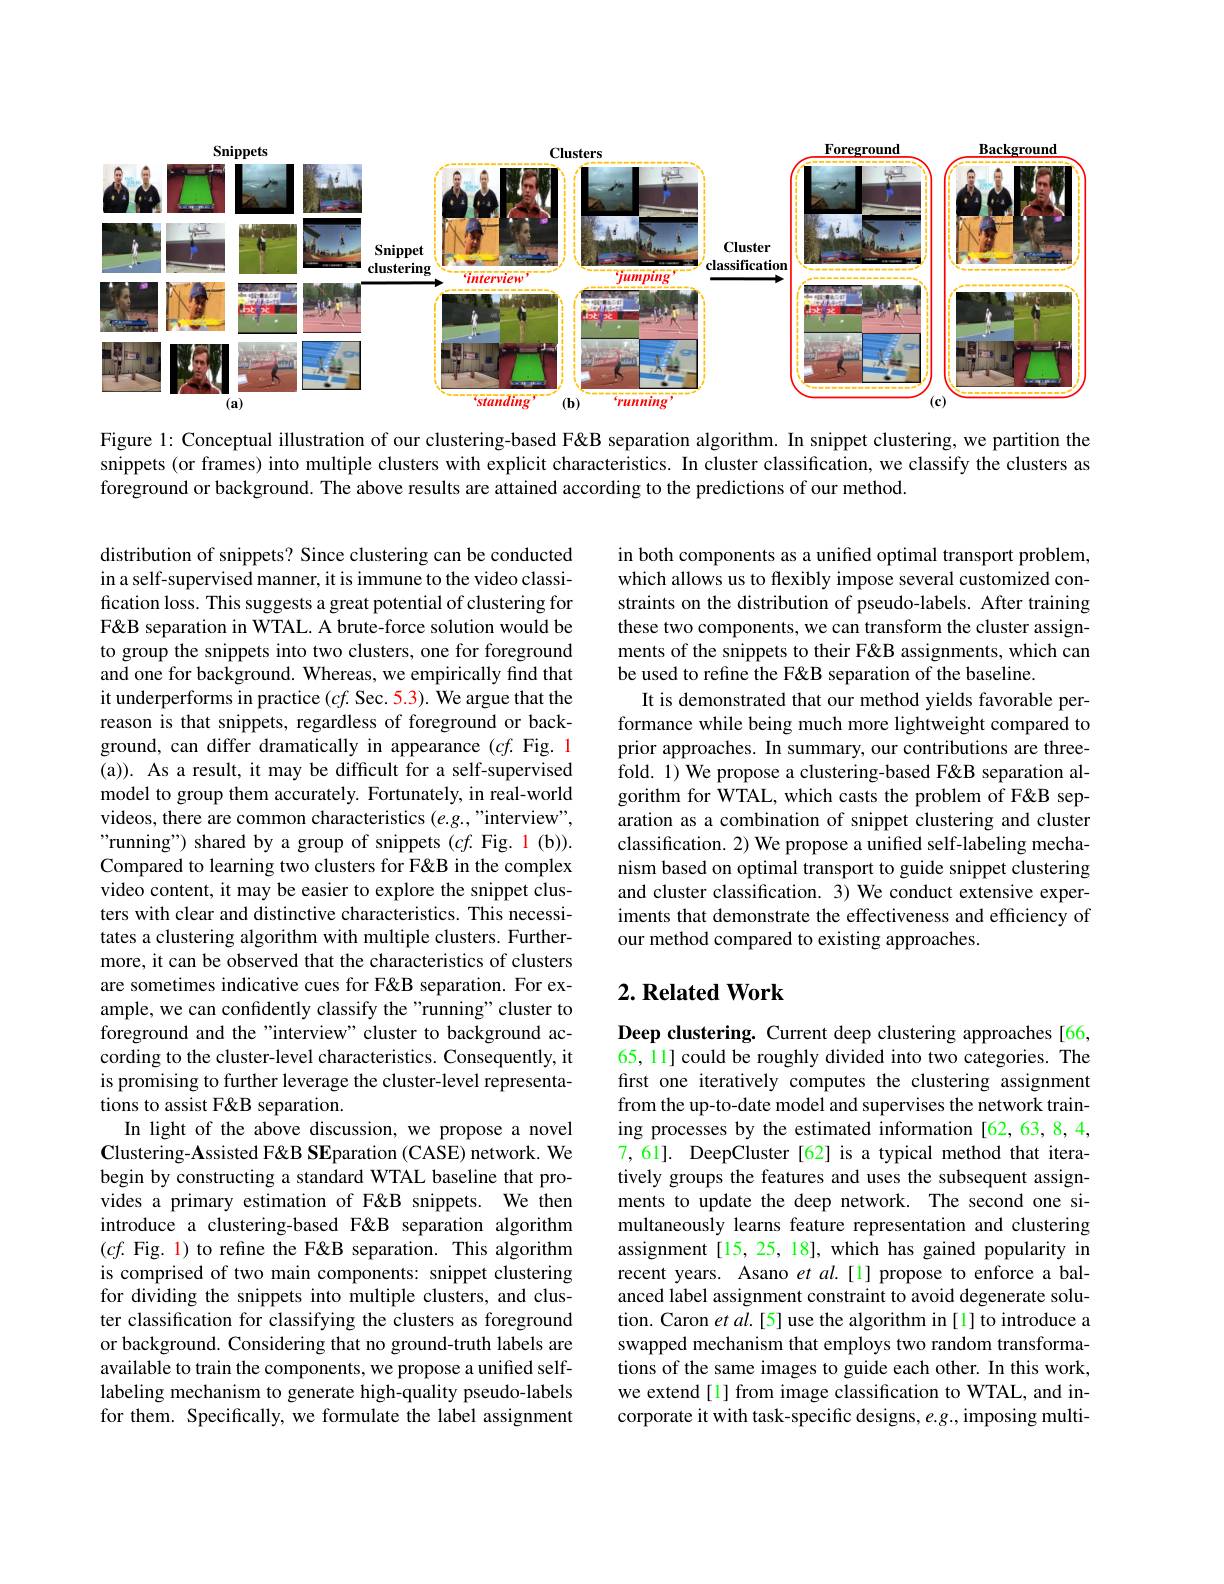
<FigureHere>

Figure l: Conceptual illustration of our clustering-based F&B separation algorithm. In snippet clustering, we partition the snippets (or frames) into multiple clusters with explicit characteristics. In cluster classification, we classify the clusters as foreground or background. The above results are attained according to the predictions of our method.

in both components as a unified optimal transport problem, which allows us to flexibly impose several customized constraints on the distribution of pseudo-labels. After training these two components, we can transform the cluster assignments of the snippets to their F&B assignments, which can be used to refine the F&B separation of the baseline.
It is demonstrated that our method yields favorable performance while being much more lightweight compared to prior approaches. In summary, our contributions are threefold. 1) We propose a clustering-based F&B separation algorithm for WTAL, which casts the problem of F&B separation as a combination of snippet clustering and cluster classification. 2) We propose a unified self-labeling mechanism based on optimal transport to guide snippet clustering and cluster classification. 3) We conduct extensive experiments that demonstrate the effectiveness and efficiency of our method compared to existing approaches.

distribution of snippets? Since clustering can be conducted in a self-supervised manner, it is immune to the video classification loss. This suggests a great potential of clustering for F&B separation in WTAL. A brute-force solution would be to group the snippets into two clusters, one for foreground and one for background. Whereas, we empirically find that it underperforms in practice $(cf.$ Sec. 5.3). We argue that the reason is that snippets, regardless of foreground or background, can differ dramatically in appearance $(cf.$ Fig. 1 (a)). As a result, it may be difficult for a self-supervised model to group them accurately. Fortunately, in real-world videos, there are common characteristics (e.g.,"interview", "running") shared by a group of snippets (cf. Fig. 1(b)). Compared to learning two clusters for F&B in the complex video content, it may be easier to explore the snippet clusters with clear and distinctive characteristics. This necessitates a clustering algorithm with multiple clusters. Furthermore, it can be observed that the characteristics of clusters are sometimes indicative cues for F&B separation. For example, we can confidently classify the"running" cluster to foreground and the "interview" cluster to background according to the cluster-level characteristics. Consequently, it is promising to further leverage the cluster-level representations to assist F&B separation.
In light of the above discussion, we propose a novel Clustering-Assisted F&B SEparation (CASE) network. We begin by constructing a standard WTAL baseline that provides a primary estimation of F&B snippets. We then introduce a clustering-based F&B separation algorithm $(cf.$ Fig. 1) to refine the F&separation. This algorithm is comprised of two main components: snippet clustering for dividing the snippets into multiple clusters, and cluster classification for classifying the clusters as foreground or background. Considering that no ground-truth labels are available to train the components, we propose a unified selflabeling mechanism to generate high-quality pseudo-labels for them. Specifically, we formulate the label assignment

### $2. \textbf{Related Work}$

Deep clustering. Current deep clustering approaches [66, 65, 11] could be roughly divided into two categories. The first one iteratively computes the clustering assignment from the up-to-date model and supervises the network training processes by the estimated information [62,63,8,4, 7,61]. DeepCluster[62] is a typical method that iteratively groups the features and uses the subsequent assignments to update the deep network. The second one simultaneously learns feature representation and clustering assignment[15, 25, 18], which has gained popularity in recent years. Asano $etal.[1]$ propose to enforce a balanced label assignment constraint to avoid degenerate solution. Caron $etal.[5]$ use the algorithm in[1] to introduce a swapped mechanism that employs two random transformations of the same images to guide each other. In this work, we extend [1] from image classification to WTAL, and incorporate it with task-specific designs, $e.g.$, imposing multi-